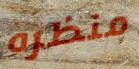
منظره